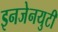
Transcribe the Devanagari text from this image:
इनजेनयुटी